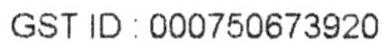
GST ID : 000750673920